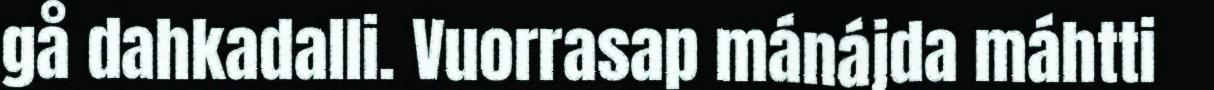
gå dahkadalli. Vuorrasap mánájda máhtti